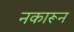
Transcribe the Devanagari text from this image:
नकारून